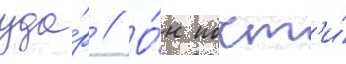
уда́р // О́н почт'и́